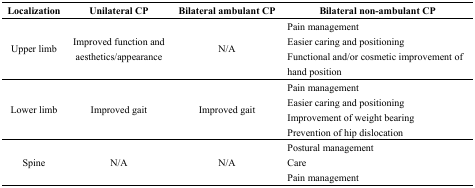
| Localization | Unilateral CP | Bilateral ambulant CP | Bilateral non-ambulant CP |
 | --- | --- | --- | --- |
 | <ROWSPAN=3> Upper limb | <ROWSPAN=3> Improved function and aesthetics/appearance | <ROWSPAN=3> N/A | Pain management |
 | Easier caring and positioning |
 | Functional and/or cosmetic improvement of hand position |
 | <ROWSPAN=4> Lower limb | <ROWSPAN=4> Improved gait | <ROWSPAN=4> Improved gait | Pain management |
 | Easier caring and positioning |
 | Improvement of weight bearing |
 | Prevention of hip dislocation |
 | <ROWSPAN=3> Spine | <ROWSPAN=3> N/A | <ROWSPAN=3> N/A | Postural management |
 | Care |
 | Pain management |